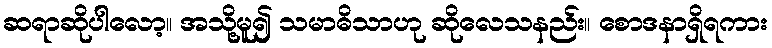
ဆရာဆိုပါလော့။ အသို့မူ၍ သမာဓိသာဟု ဆိုလေသနည်း။ စောဒနာရှိရကား